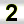
Digit: 2